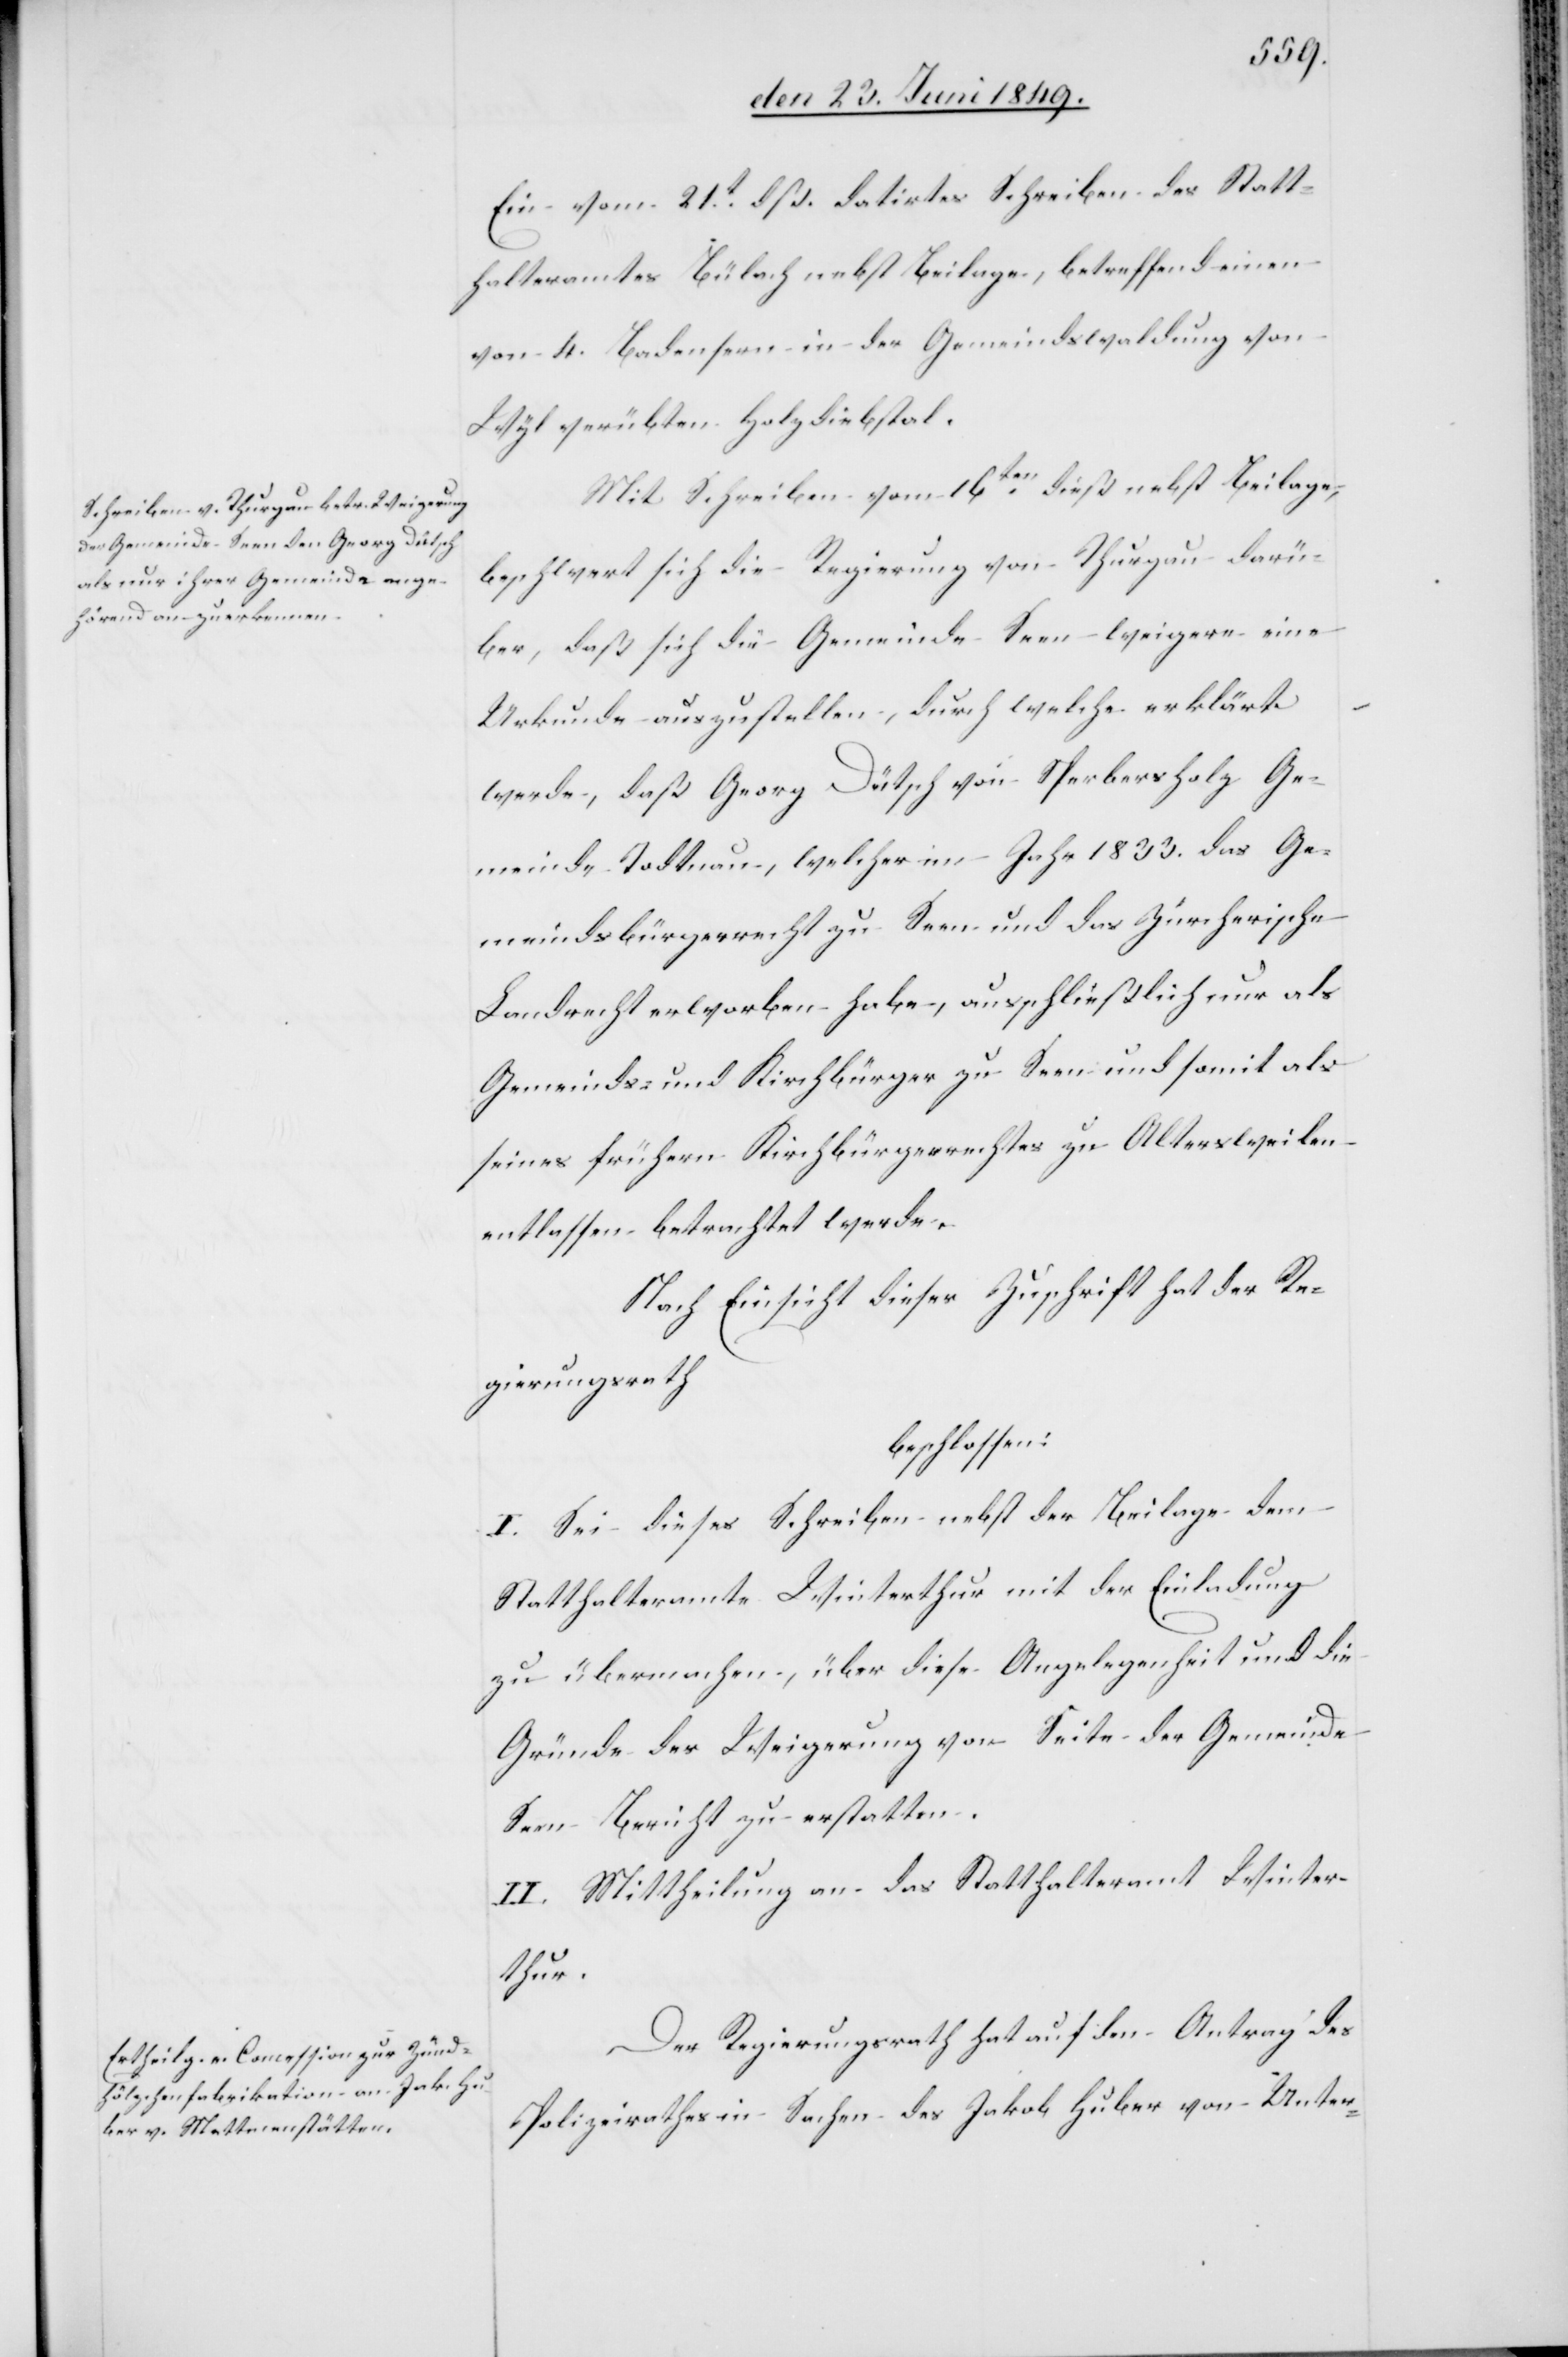
Ein vom 21t dß. datirtes Schreiben des Statt¬
halteramtes Bülach nebst Beilagen, betreffend einen
von 4. Badensern in der Gemeindswaldung von
Wyl verübten Holzdiebstal.
Mit Schreiben vom 16ten dieß nebst Beilage,
beschwert sich die Regierung von Thurgau darü¬
ber, daß sich die Gemeinde Seen weigere eine
Urkunde auszustellen, durch welche erklärt
werde, daß Georg Dütsch von Sperbersholz Ge¬
meinde Todtnau, welcher im Jahr 1833. das Ge¬
meindsbürgerrecht zu Seen und das Zürcherische
Landrecht erworben habe, ausschließlich nur als
Gemeinds- und Kirchbürger zu Seen und somit als
seines frühern Kirchbürgerrechtes zu Altersweilen
entlassen betrachtet werde.
Nach Einsicht dieser Zuschrift hat der Re¬
gierungsrath
beschlossen:
Sei dieses Schreiben nebst der Beilage dem
Statthalteramte Winterthur mit der Einladung
zu übermachen, über diese Angelegenheit und die
Gründe der Weigerung von Seite der Gemeinde
Seen Bericht zu erstatten.
II. Mittheilung an das Statthalteramt Winter¬
thur.
Der Regierungsrath hat auf den Antrag des
Polizeirathes in Sachen des Jakob Huber von Unter-